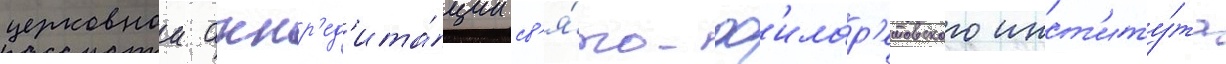
церковнои аккр'ед'ита́ции св'я́то-ф'илар'етовского инст'иту́та